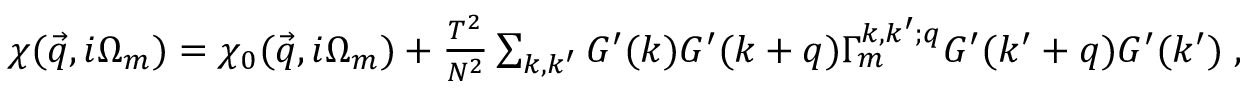
\begin{array} { r } { \chi ( \vec { q } , i \Omega _ { m } ) = \chi _ { 0 } ( \vec { q } , i \Omega _ { m } ) + \frac { T ^ { 2 } } { N ^ { 2 } } \sum _ { k , k ^ { \prime } } G ^ { \prime } ( k ) G ^ { \prime } ( k + q ) \Gamma _ { m } ^ { k , k ^ { \prime } ; q } G ^ { \prime } ( k ^ { \prime } + q ) G ^ { \prime } ( k ^ { \prime } ) \; , } \end{array}